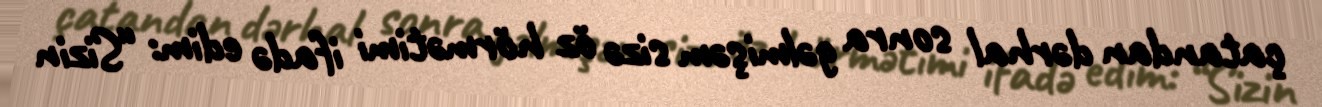
çatandan dərhal sonra gəlmişəm sizə öz hörmətimi ifadə edim: “Sizin